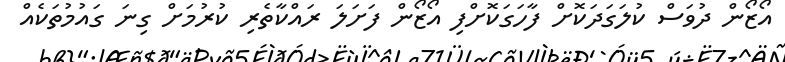
އޯޒޯން ދުވަސް ކުލަގަދަކޮށް ފާހަގަކޮށްފި އޯޒޯން ފަށަލަ ރައްކާތެރި ކުރުމަށް ގިނަ ގައުމުތަކެއް